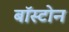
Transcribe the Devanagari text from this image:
बाॅस्टोन